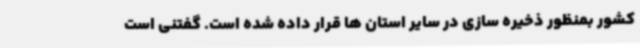
کشور بمنظور ذخیره سازی در سایر استان ها قرار داده شده است. گفتنی است